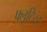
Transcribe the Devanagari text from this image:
फ्लूटिस्ट